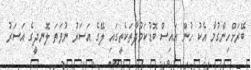
ބޭރަށްހިންގުމާ އެކު ހުން އައިސް ބޮޑުކަމުދާތަކެތީގައި ލޭގެ އަސަރު ނުވަތަ ލޮނދީގެ އަސަރު